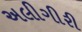
અલીગીરી